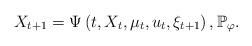
LaTeX: \begin{align*}&X_{t+1}=\Psi\left(t,X_{t},\mu_t,u_t,\xi_{t+1}\right), \mathbb{P}_\varphi.\end{align*}